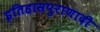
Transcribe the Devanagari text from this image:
इतिहासपुराणादी